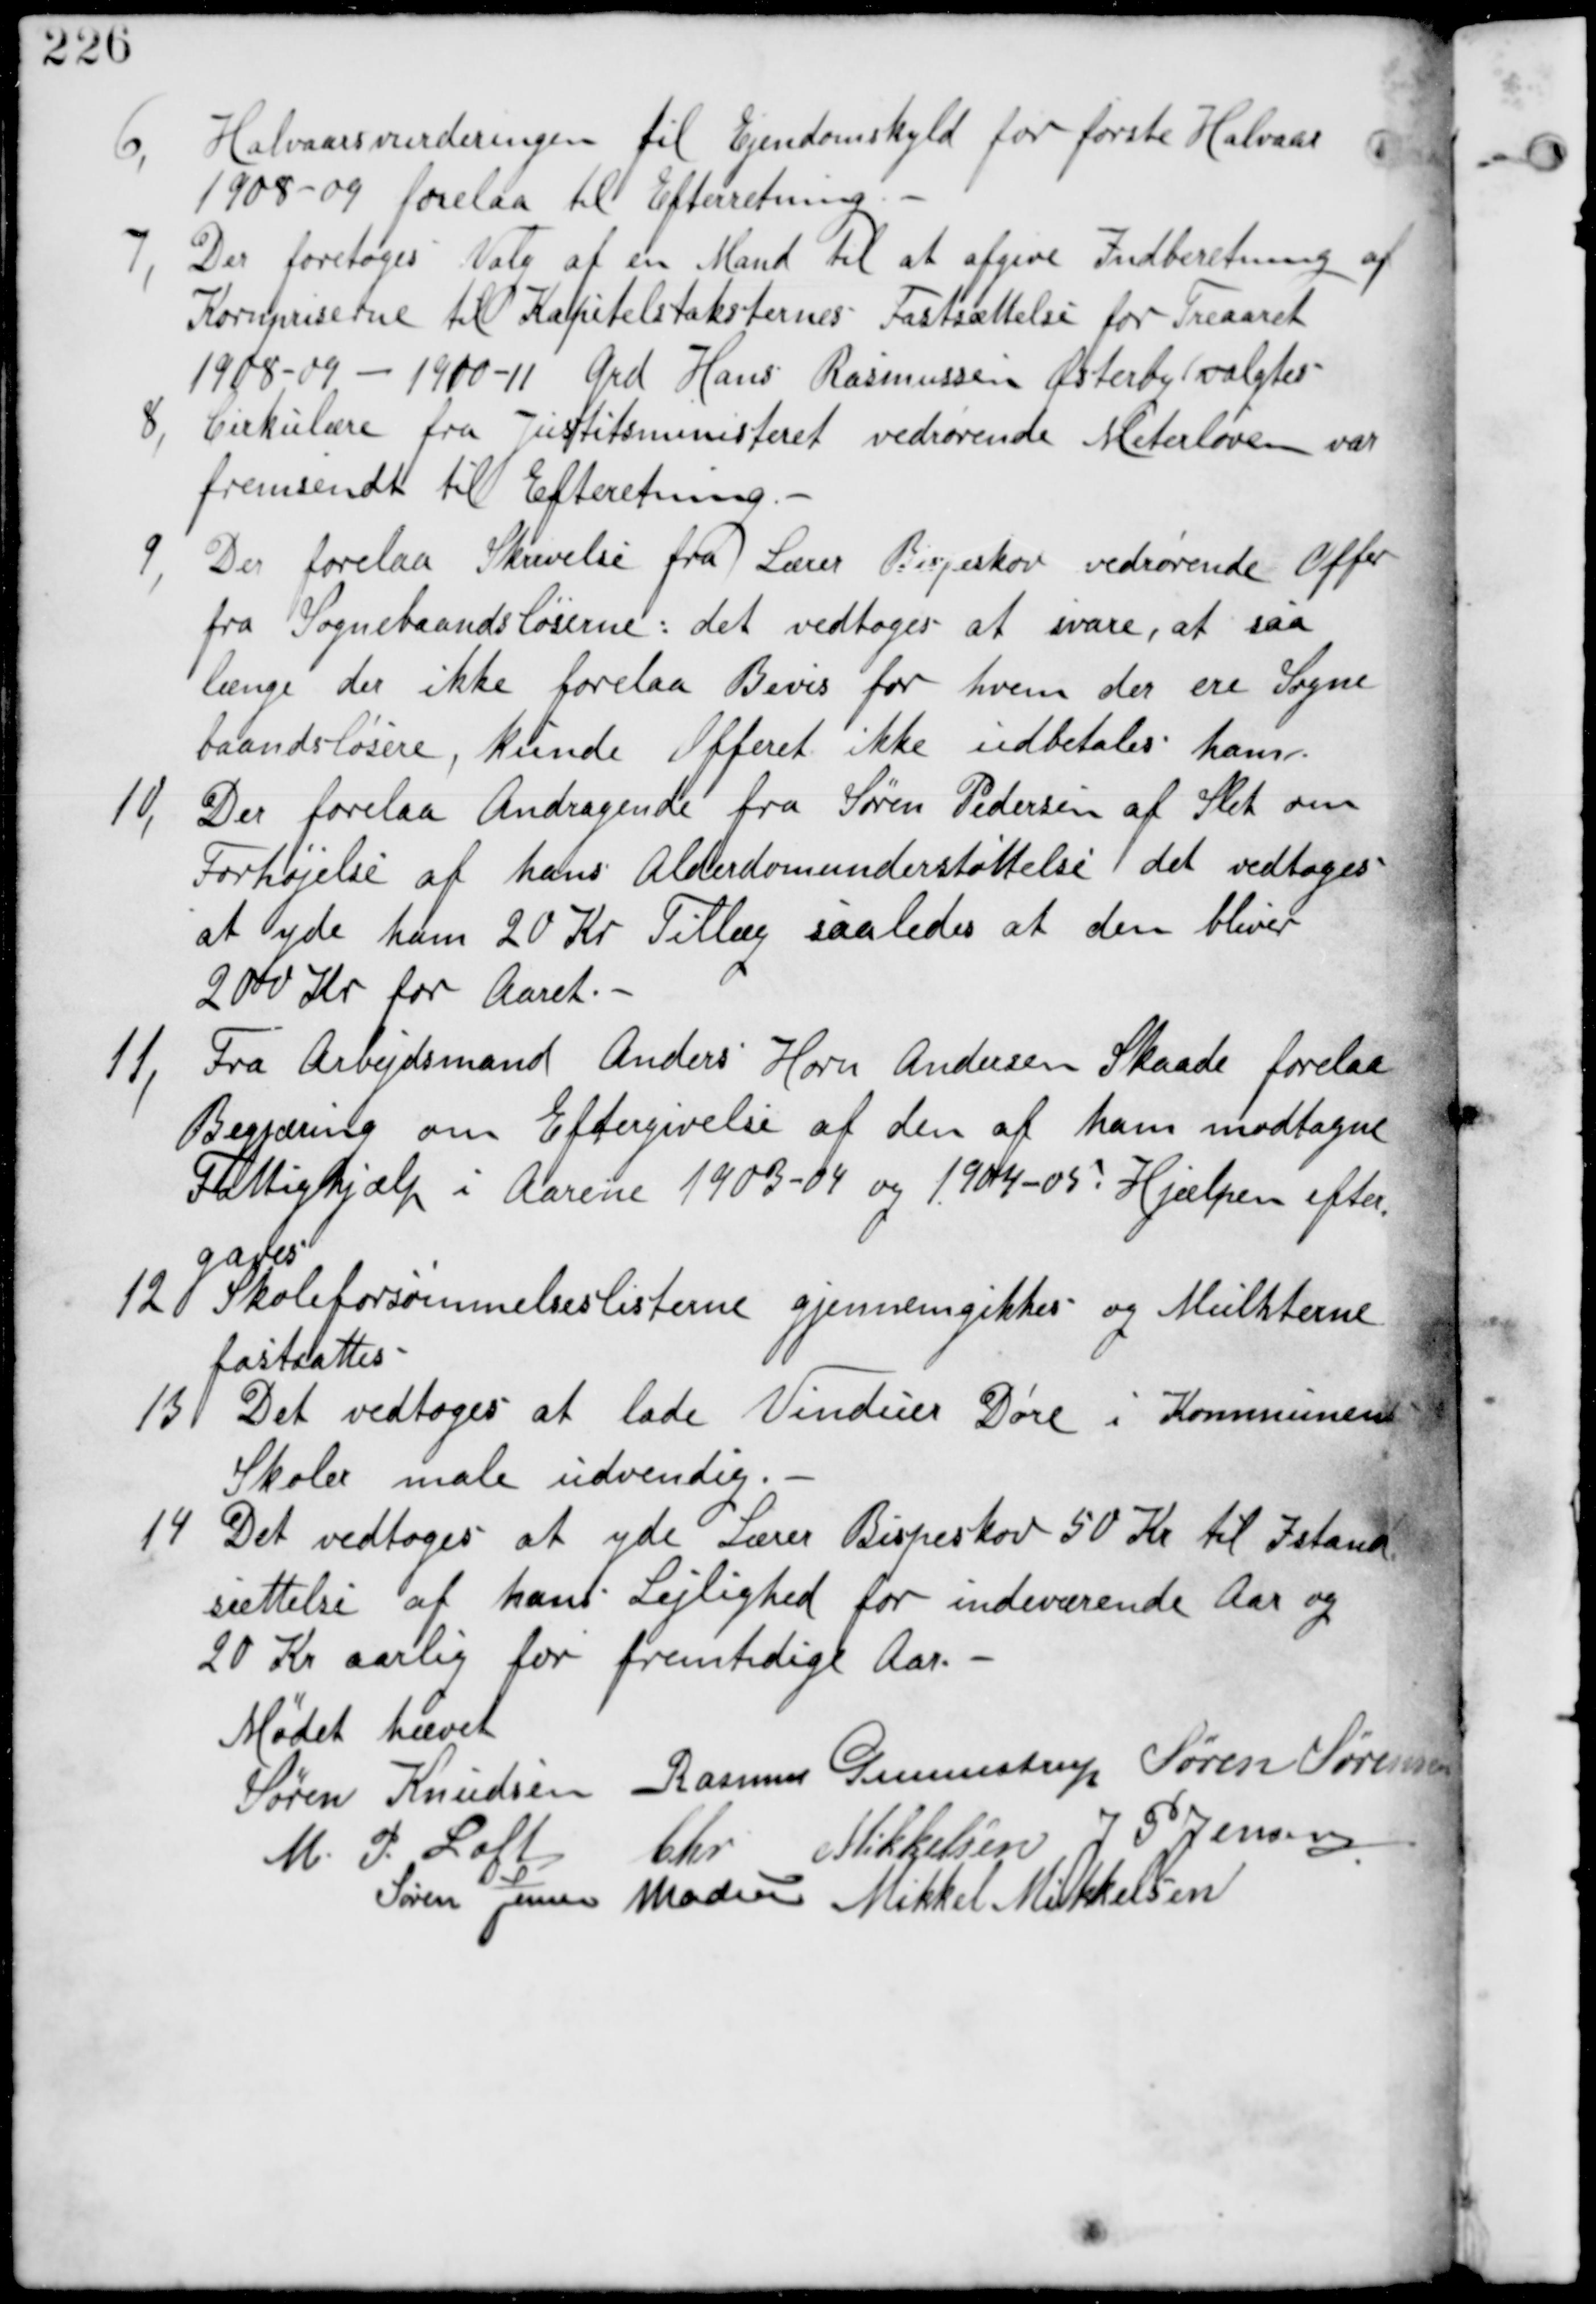
Transskription:
6,
Halvaarsvurderingen til Ejendomskyld for første Halvaar
108-09 forlaa til Efterretning.

7, Der foretoges Valg af en Mand til at afgive Indberetning af
Kornpriserne til Kapitelstaksternes Fastsættelse for Treaareet
1908-09 - 1910-11 Grd Hans Rasmussen Østeby valgtes

8, Cirkulære fra Justitsministeriet vedrørrende Meterloven var
fremsendt til Efterretning.

9,
Der forelaa Skrivelse fra Lærer Bispeskov vedrørrende Offer
fra Sognebaandsløserne : det vedtages at svare, at saa
længe der ikke forelaa Bevis for hvem der ere Sogne
baandsløsere, kunde Offeret ikke udbetales ham.

10, Der forelaa Andragende fra Søren Pedersen af Sleth om
Forhøjelse af hans Alderdomsunderstøttelse det vedtages
at yde ham 20 Kr Tillæg saaledes den bliver
200 Kr for Aaret.

11, Fra Arbejdsmand Anders Horn Andersen Skaade forelaa
Begjæring om Eftergivelse af den af ham modtagne
Fattighjælp i Arene 1903-04 og 1904-05 : Hjælpen efter
gaves.

12, Skoleforsømmelseslisterne gjennemgikkes og Multhterne
fastsattes.

13 Det vedtages at lade Vinduer Døre i Kommunens
Skoler male udvendig.

14 Det vedtages at yde Lærer Bispeskov 50 Kr til Istand
sættelse af hans Lejlighed for indeværende Aar og
20 Kr Aarligt for fremtidige Aar.

Mødet hævet
Søren Knudsen Rasmus Gunnestrup Søren Sørensen
M P Loft Chr Mikkelsen J P Jensen
Søren Jensen Madsen Mikkel Mikkelsen